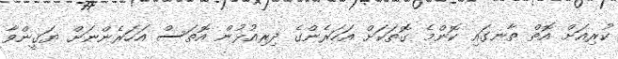
ކުރިއަށް އޮތް ތާނގައި ކޮންމެ ގޮތަކަށް އަހަރެންގެ ދިރިއުޅުން އޮތަސް އަހަރެންނަށް ޔަޤީންވާ